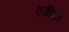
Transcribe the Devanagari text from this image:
एरोसिटी